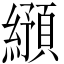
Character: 𬘂